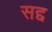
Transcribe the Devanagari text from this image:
सद्द